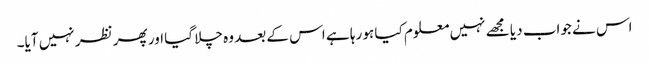
اس نے جواب دیا مجھے نہیں معلوم کیا ہو رہا ہے اس کے بعد وہ چلا گیا اور پھر نظر نہیں آیا۔